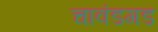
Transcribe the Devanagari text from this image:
चावंडगड